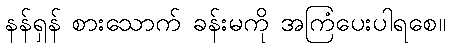
နန်ရှန် စားသောက် ခန်းမကို အကြံပေးပါရစေ။